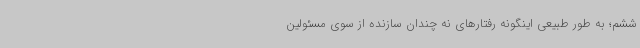
ششم؛ به طور طبیعی اینگونه رفتارهای نه چندان سازنده از سوی مسئولین